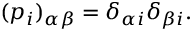
( p _ { i } ) _ { \alpha \beta } = \delta _ { \alpha i } \delta _ { \beta i } .